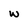
Character: w